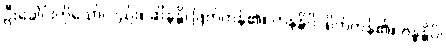
ဦးခေါင်းကိုသော်လည်း။ ဆိန္ဒန္တိ၊ ဖြတ်ကုန်၏။ ဟနန္တိပိ၊ ရိုက်ကုန်၏။ ဗန္ဓန္တိပိ၊